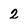
Character: 2